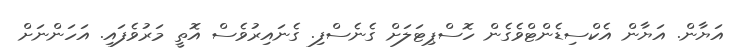
އަޔާން. އަޔާން އެކްސިޑެންޓްވެގެން ހޮސްޕިޓަލަށް ގެނެސްފި. ގެނައިރުވެސް އޮތީ މަރުވެފައި. އަހަންނަށް